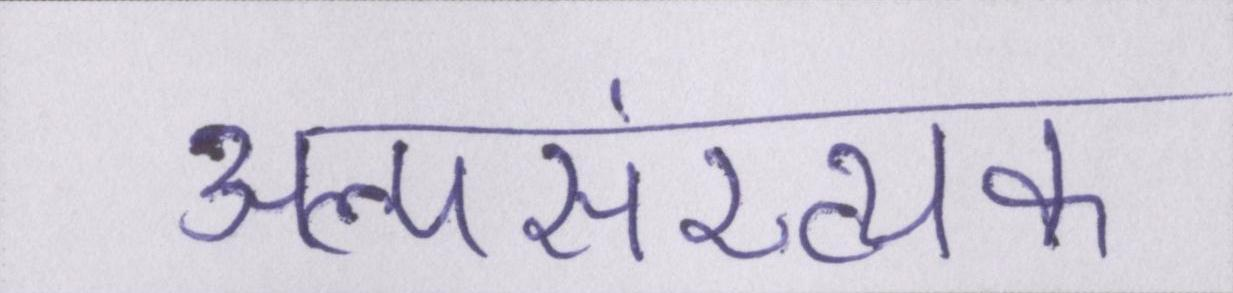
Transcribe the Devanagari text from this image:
अल्पसंख्यक